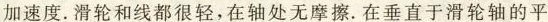
加速度. 滑轮和线都很轻，在轴处无摩擦. 在垂直于滑轮轴的平